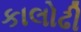
કાલોઢી